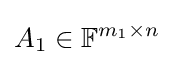
A_{1}\in \mathbb {F} ^{m_{1}\times n}